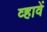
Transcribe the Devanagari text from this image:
व्हावें